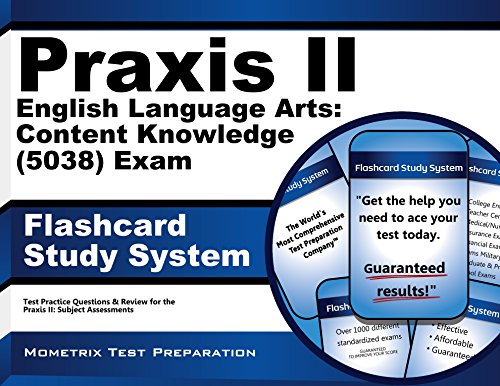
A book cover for Praxis II English Language Arts: Content Knowledge (5038) Exam Flashcard Study System: Praxis II Test Practice Questions & Review for the Praxis II: Subject Assessments (Cards); Praxis II Exam Secrets Test Prep Team; Test Preparation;